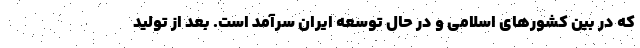
که در بین کشورهای اسلامی و در حال توسعه ایران سرآمد است. بعد از تولید